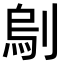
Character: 𠞆